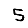
Digit: 5